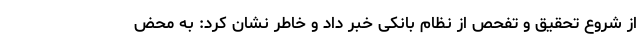
از شروع تحقیق و تفحص از نظام بانکی خبر داد و خاطر نشان کرد: به محض